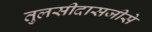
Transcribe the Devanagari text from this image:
तुलसीदासजीसे